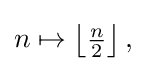
{\textstyle n\mapsto \left\lfloor {\frac {n}{2}}\right\rfloor ,}